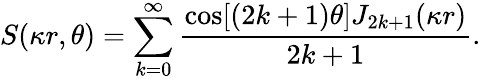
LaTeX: S(\kappa r,\theta)=\sum_{k=0}^{\infty}\frac{\cos[(2k+1)\theta]J_{2k+1}(\kappa r)}{2k+1}.